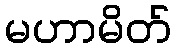
မဟာမိတ်